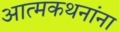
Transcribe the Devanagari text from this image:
आत्मकथनांना